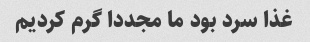
غذا سرد بود ما مجددا گرم کردیم